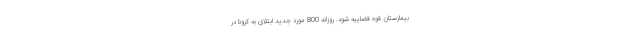
بیمارستان قوه قضاییه شود. روزانه 800 مورد جدید ابتلای به کرونا در